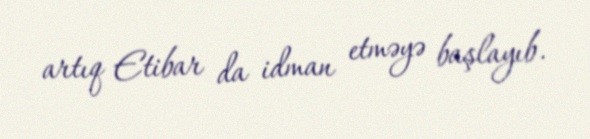
artıq Etibar da idman etməyə başlayıb.